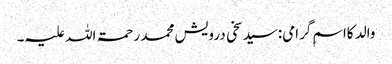
والد کااسمِ گرامی:سید سخی درویش محمد رحمۃ اللہ علیہ۔